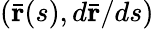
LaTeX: (\bar{\mathbf r}(s),d\bar{\mathbf r}/ds)